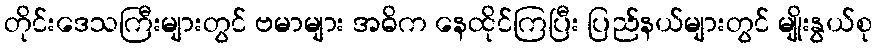
တိုင်းဒေသကြီးများတွင် ဗမာများ အဓိက နေထိုင်ကြပြီး ပြည်နယ်များတွင် မျိုးနွယ်စု